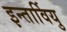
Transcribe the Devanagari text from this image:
इन्तार्वियु